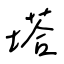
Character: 塔